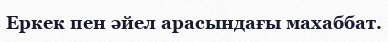
Еркек пен әйел арасындағы махаббат.